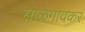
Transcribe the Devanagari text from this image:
साळेगावकर